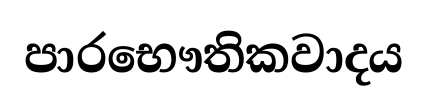
පාරභෞතිකවාදය